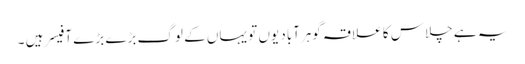
یہ ہے چلاس کا علاقہ گوہرآباد یوں تو یہاں کے لوگ بڑے بڑے آفیسر ہیں ۔